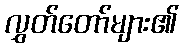
လွှတ်တော်များ၏